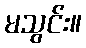
မသွင်း။